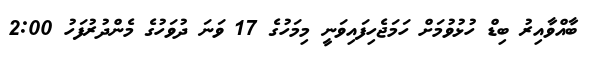
ބާއްވާއިރު ބިޑް ހުޅުވުމަށް ހަމަޖެހިފައިވަނީ މިމަހުގެ 17 ވަނަ ދުވަހުގެ މެންދުރުފަހު 2:00